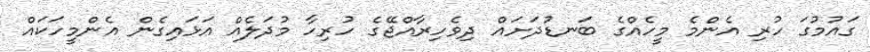
ގައުމުގަ ހުރި އެންމެ މީހެއްގެ ބަނޑުދަށައް ދިވެހިރާއްޖޭގެ ހުރިހާ މުދަލެއް އަޅައިގެން އެންމީހަކައް